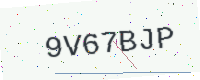
Text: 9V67BJP